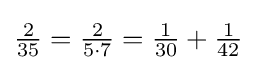
{\tfrac {2}{35}}={\tfrac {2}{5\cdot 7}}={\tfrac {1}{30}}+{\tfrac {1}{42}}